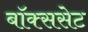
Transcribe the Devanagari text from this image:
बॉक्ससेट